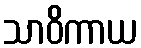
သာဝိကာယ